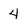
Character: 4